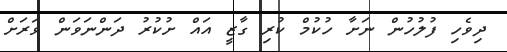
ދިވެހި ފުލުހުން ނަށާ ހުކުމް ކުރި ގާޒީ އައް ށުކުރު ދަންނަވަން ވަރަށް